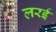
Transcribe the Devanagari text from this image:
लरई